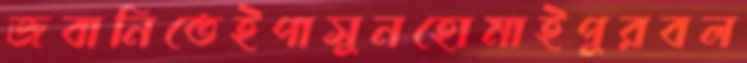
জবানিতেইপাসুনহোমাইপুরবল